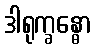
ဒါရုက္ခန္ဓော